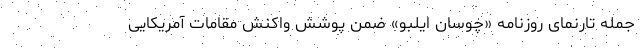
جمله تارنمای روزنامه «چوسان ایلبو» ضمن پوشش واکنش مقامات آمریکایی